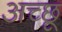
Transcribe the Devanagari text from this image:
अच्छू